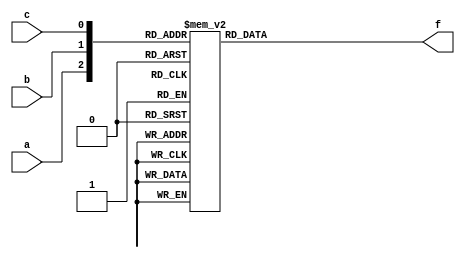
module majority_case (
	input a, b, c,
	output reg f);
	
	always @(*)
		case({a, b, c})
			3'b000: f = 0;
			3'b001: f = 0;
			3'b010: f = 0;
			3'b011: f = 1;
			3'b100: f = 0;
			3'b101: f = 1;
			3'b110: f = 1;
			3'b111: f = 1;
		endcase
	
endmodule